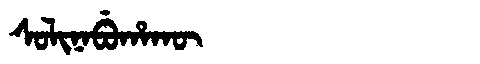
Manchu: ᠰᠣᠯᡳᠨᠠᠪᡠᡥᠠᡴᡡ
Romanization: SOLINABUHAKŪ